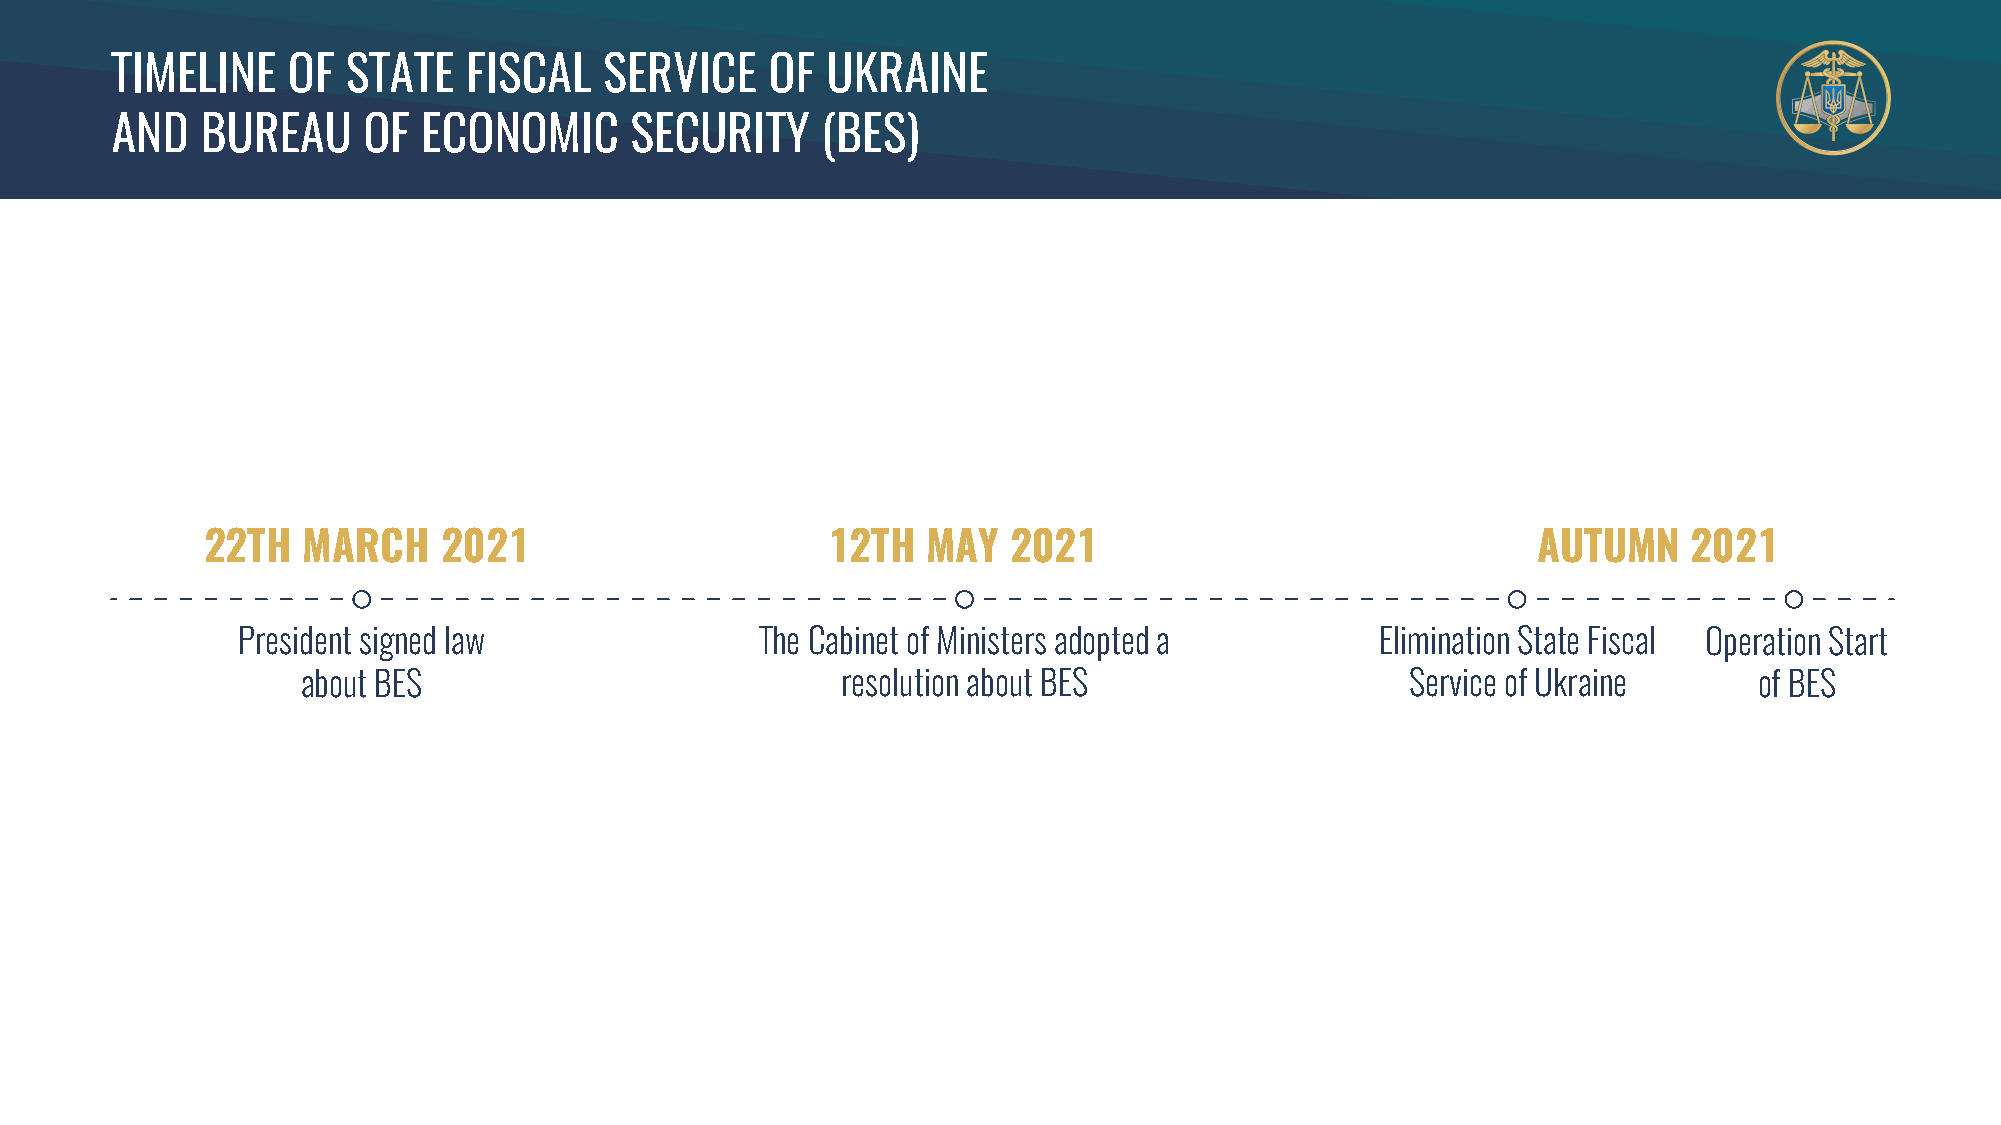
TIMELINE    OF  STATE   FISCAL   SERVICE    OF  UKRAINE
 AND   BUREAU     OF  ECONOMIC      SECURITY    (BES)
 22TH   MARCH    2021                      12TH  MAY   2021                               AUTUMN    2021
 President signed law              The Сabinet of Ministers adopted a       Elimination State Fiscal Operation Start
 about BES                           resolution about BES                 Service of Ukraine     of BES